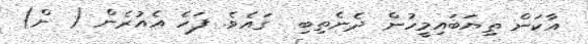
އާކަން ތިޔަބައިމީހުން ދެނެތިބި  ގައެވެ. ފަހެ އެއުރެން ( ން)